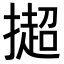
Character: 𢵒